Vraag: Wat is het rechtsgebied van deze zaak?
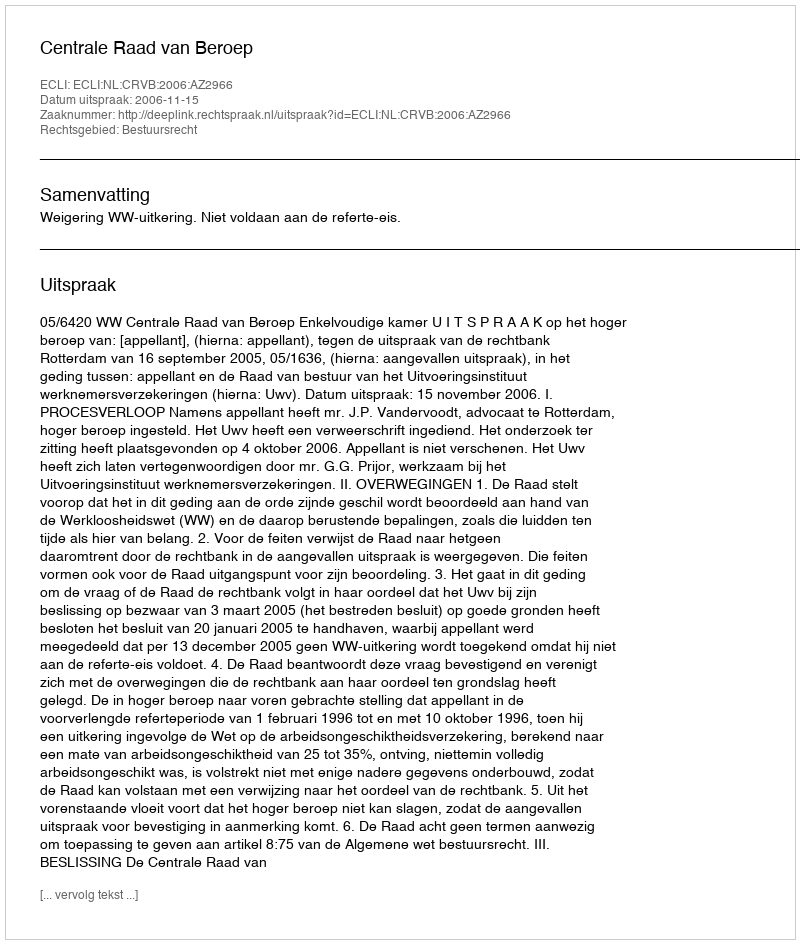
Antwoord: Bestuursrecht